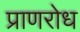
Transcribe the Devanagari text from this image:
प्राणरोध